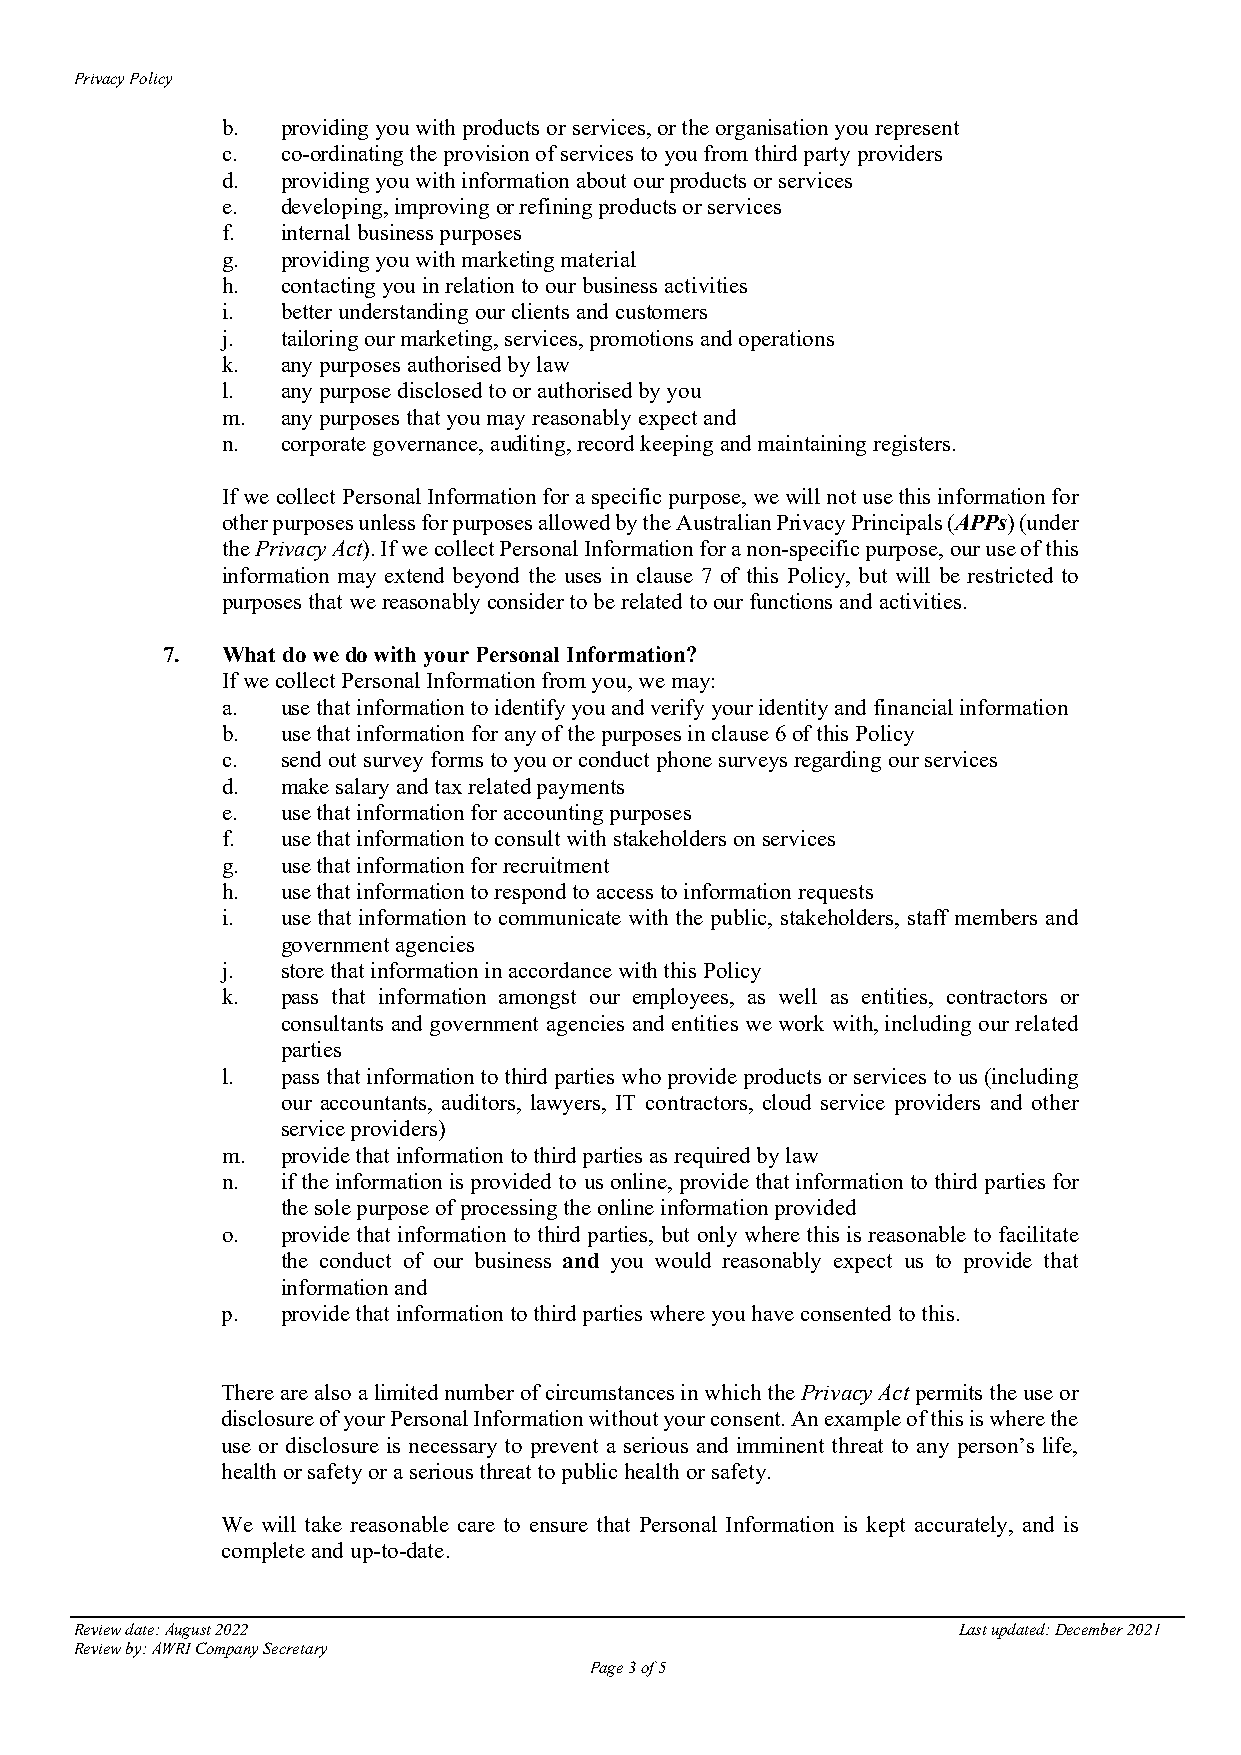
Privacy Policy
 b.  providing you with products or services, or the organisation you represent
 c.  co-ordinating the provision of services to you from third party providers
 d.  providing you with information about our products or services
 e.  developing, improving or refining products or services
 f.  internal business purposes
 g.  providing you with marketing material
 h.  contacting you in relation to our business activities
 i.  better understanding our clients and customers
 j.  tailoring our marketing, services, promotions and operations
 k.  any purposes authorised by law
 l.  any purpose disclosed to or authorised by you
 m.  any purposes that you may reasonably expect and
 n.  corporate governance, auditing, record keeping and maintaining registers.
 If we collect Personal Information for a specific purpose, we will not use this information for
 other purposes unless for purposes allowed by the Australian Privacy Principals (APPs) (under
 the Privacy Act). If we collect Personal Information for a non-specific purpose, our use of this
 information may extend beyond the uses in clause 7 of this Policy, but will be restricted to
 purposes that we reasonably consider to be related to our functions and activities.
 7.  What do we do with your Personal Information?
 If we collect Personal Information from you, we may:
 a.  use that information to identify you and verify your identity and financial information
 b.  use that information for any of the purposes in clause 6 of this Policy
 c.  send out survey forms to you or conduct phone surveys regarding our services
 d.  make salary and tax related payments
 e.  use that information for accounting purposes
 f.  use that information to consult with stakeholders on services
 g.  use that information for recruitment
 h.  use that information to respond to access to information requests
 i.  use that information to communicate with the public, stakeholders, staff members and
 government agencies
 j.  store that information in accordance with this Policy
 k.  pass that information amongst our employees, as well as entities, contractors or
 consultants and government agencies and entities we work with, including our related
 parties
 l.  pass that information to third parties who provide products or services to us (including
 our accountants, auditors, lawyers, IT contractors, cloud service providers and other
 service providers)
 m.  provide that information to third parties as required by law
 n.  if the information is provided to us online, provide that information to third parties for
 the sole purpose of processing the online information provided
 o.  provide that information to third parties, but only where this is reasonable to facilitate
 the conduct of our business and you would reasonably expect us to provide that
 information and
 p.  provide that information to third parties where you have consented to this.
 There are also a limited number of circumstances in which the Privacy Act permits the use or
 disclosure of your Personal Information without your consent. An example of this is where the
 use or disclosure is necessary to prevent a serious and imminent threat to any person’s life,
 health or safety or a serious threat to public health or safety.
 We will take reasonable care to ensure that Personal Information is kept accurately, and is
 complete and up-to-date.
 Review date: August 2022                                  Last updated: December 2021
 Review by: AWRI Company Secretary
 Page 3 of 5